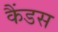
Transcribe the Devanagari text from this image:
कैंडस